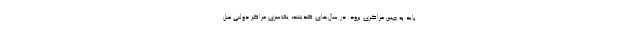
باید به چنین مراکزی برود. در سال‌های گذشته، یک‌سری مراکز دولتی مثل